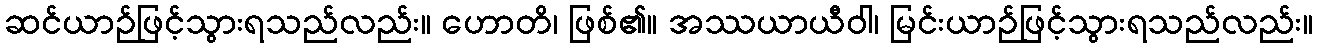
ဆင်ယာဉ်ဖြင့်သွားရသည်လည်း။ ဟောတိ၊ ဖြစ်၏။ အဿယာယီဝါ၊ မြင်းယာဉ်ဖြင့်သွားရသည်လည်း။